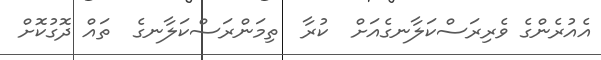
އެއުރެންގެ ވެރިރަސްކަލާނގެއަށް  ކުރާ  ތިމަންރަސްކަލާނގެ  ތައް ދޮގުކޮށް